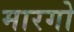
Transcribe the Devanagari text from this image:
मारगो